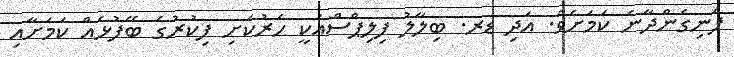
ފެނިގެންދާނެ ކަމަށެވެ. އަދި ޑރ. ބިލާލު ފިލިޕްސްއަކީ ހަރުކަށި ފިކުރުގެ ބޭފުޅެއް ކަމަށާއި